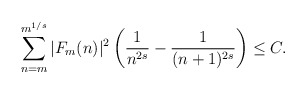
\begin{align*}\sum_{n = m}^{m^{1/s}} |F_m(n)|^2 \left(\frac{1}{n^{2s}}-\frac{1}{(n+1)^{2s}}\right) \leq C.\end{align*}